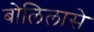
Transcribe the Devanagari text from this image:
बोलिलासे